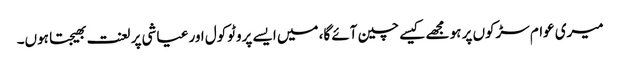
میری عوام سڑکوں پر ہو مجھے کیسے چین آئے گا، میں ایسے پروٹوکول اور عیاشی پر لعنت بھیجتا ہوں۔